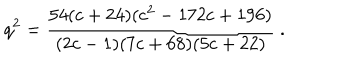
q ^ { 2 } = { \frac { 5 4 ( c + 2 4 ) ( c ^ { 2 } - 1 7 2 c + 1 9 6 ) } { ( 2 c - 1 ) ( 7 c + 6 8 ) ( 5 c + 2 2 ) } } \ .